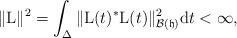
LaTeX: \begin{align*}\|\mathrm{L}\|^2=\int_\Delta\|\mathrm{L}(t)^\ast\mathrm{L}(t)\|_{\mathcal{B}(\mathfrak{h}) }^2\mathrm{d}t <\infty,\end{align*}